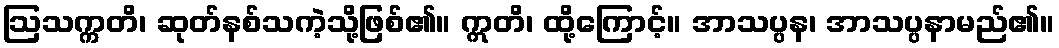
ဩသက္ကတိ၊ ဆုတ်နစ်သကဲ့သို့ဖြစ်၏။ ဣတိ၊ ထို့ကြောင့်။ အာသပ္ပန၊ အာသပ္ပနာမည်၏။